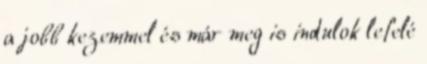
a jobb kezemmel és már meg is indulok lefelé